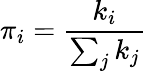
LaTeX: \pi_{i}=\frac{k_{i}}{\sum_{j}k_{j}}